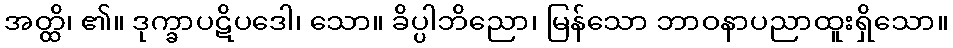
အတ္ထိ၊ ၏။ ဒုက္ခာပဋိပဒေါ၊ သော။ ခိပ္ပါဘိညော၊ မြန်သော ဘာဝနာပညာထူးရှိသော။